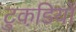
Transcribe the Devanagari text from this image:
टुकडि़यों